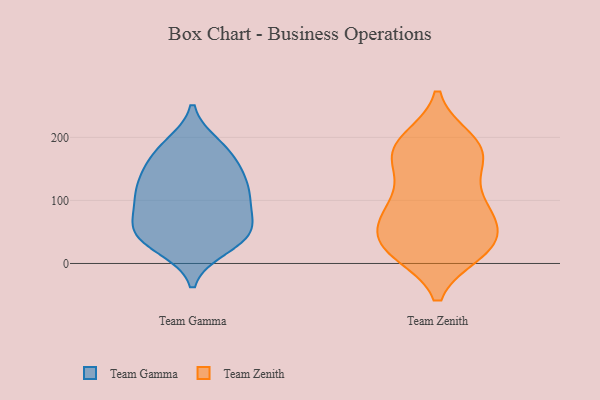
{"axis": {"x": "Humidity (%)", "y": "Value"}, "legend": ["Team Gamma", "Team Zenith"], "data": [{"x": "", "y": 140, "type": "Team Gamma"}, {"x": "", "y": 77, "type": "Team Gamma"}, {"x": "", "y": 177, "type": "Team Gamma"}, {"x": "", "y": 156, "type": "Team Gamma"}, {"x": "", "y": 55, "type": "Team Gamma"}, {"x": "", "y": 101, "type": "Team Gamma"}, {"x": "", "y": 25, "type": "Team Gamma"}, {"x": "", "y": 118, "type": "Team Gamma"}, {"x": "", "y": 30, "type": "Team Gamma"}, {"x": "", "y": 143, "type": "Team Gamma"}, {"x": "", "y": 119, "type": "Team Gamma"}, {"x": "", "y": 96, "type": "Team Gamma"}, {"x": "", "y": 188, "type": "Team Gamma"}, {"x": "", "y": 49, "type": "Team Gamma"}, {"x": "", "y": 183, "type": "Team Gamma"}, {"x": "", "y": 40, "type": "Team Gamma"}, {"x": "", "y": 49, "type": "Team Gamma"}, {"x": "", "y": 59, "type": "Team Gamma"}, {"x": "", "y": 107, "type": "Team Gamma"}, {"x": "", "y": 178, "type": "Team Zenith"}, {"x": "", "y": 21, "type": "Team Zenith"}, {"x": "", "y": 80, "type": "Team Zenith"}, {"x": "", "y": 19, "type": "Team Zenith"}, {"x": "", "y": 29, "type": "Team Zenith"}, {"x": "", "y": 144, "type": "Team Zenith"}, {"x": "", "y": 67, "type": "Team Zenith"}, {"x": "", "y": 164, "type": "Team Zenith"}, {"x": "", "y": 27, "type": "Team Zenith"}, {"x": "", "y": 180, "type": "Team Zenith"}, {"x": "", "y": 192, "type": "Team Zenith"}, {"x": "", "y": 93, "type": "Team Zenith"}, {"x": "", "y": 176, "type": "Team Zenith"}, {"x": "", "y": 32, "type": "Team Zenith"}, {"x": "", "y": 102, "type": "Team Zenith"}, {"x": "", "y": 195, "type": "Team Zenith"}, {"x": "", "y": 88, "type": "Team Zenith"}, {"x": "", "y": 59, "type": "Team Zenith"}, {"x": "", "y": 26, "type": "Team Zenith"}]}